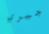
جيري